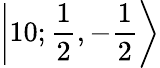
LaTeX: \left|10;\frac 12,{-}\frac 12\right\rangle